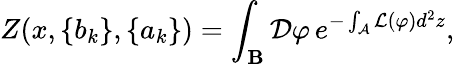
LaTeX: Z(x,\{ b_{k}\} ,\{ a_{k}\} )=\int_{\mathbf{B}}{\mathcal{D}}\varphi\, e^{-\int_{\mathcal{A}}{\mathcal{L}}(\varphi)d^{2}z},